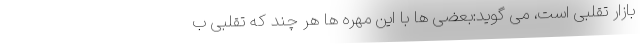
بازار تقلبی است، می گوید:بعضی ها با این مهره ها هر چند که تقلبی ب